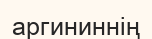
аргининнің